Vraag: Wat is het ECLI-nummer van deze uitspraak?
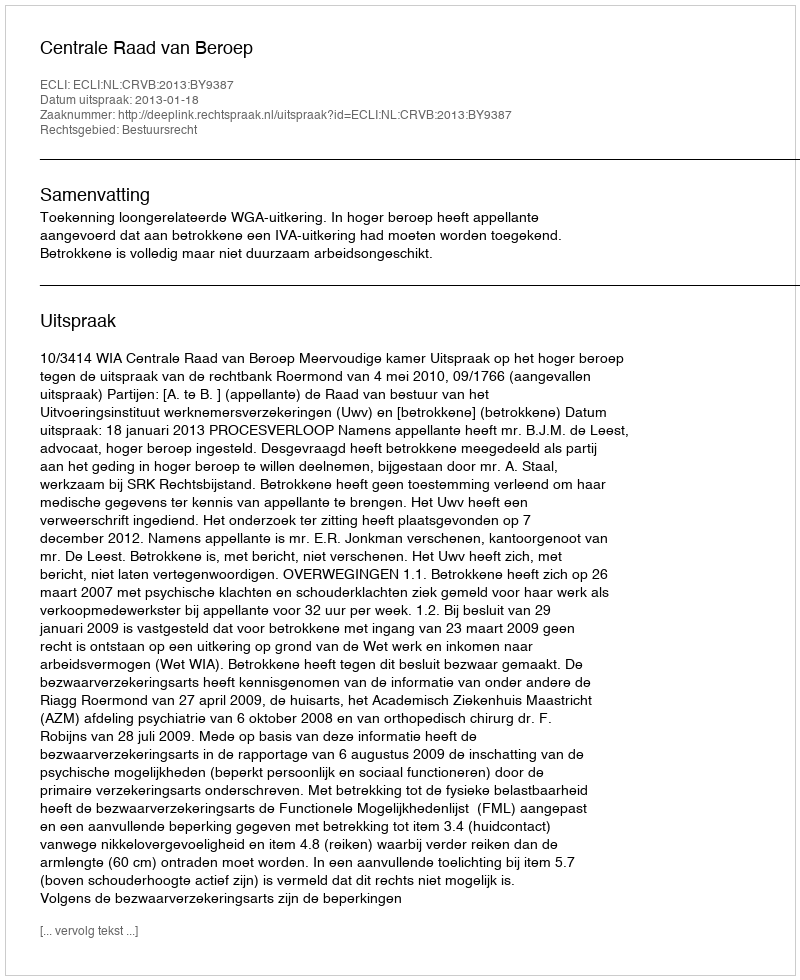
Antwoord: ECLI:NL:CRVB:2013:BY9387